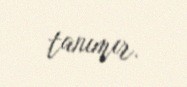
tanımır.